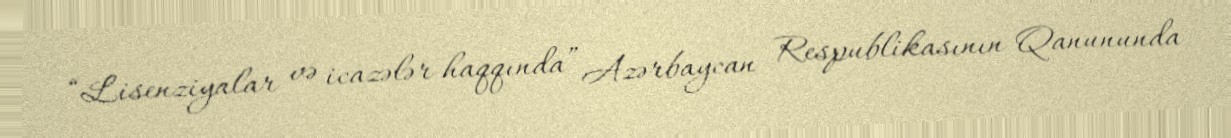
“Lisenziyalar və icazələr haqqında” Azərbaycan Respublikasının Qanununda